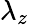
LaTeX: \lambda_{z}